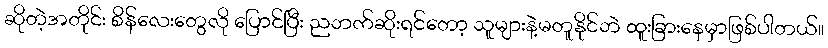
ဆိုတဲ့အတိုင်း စိန်လေးတွေလို ပြောင်ပြီး ညဘက်ဆိုးရင်တော့ သူများနဲ့မတူနိုင်ဘဲ ထူးခြားနေမှာဖြစ်ပါတယ်။